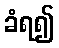
ခံရ၍